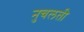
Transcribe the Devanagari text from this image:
नुचलती